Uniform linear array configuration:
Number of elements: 16
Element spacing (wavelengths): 0.5
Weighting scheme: exponential
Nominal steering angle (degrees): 45
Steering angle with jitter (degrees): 45.993
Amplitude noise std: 0.05
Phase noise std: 0.05

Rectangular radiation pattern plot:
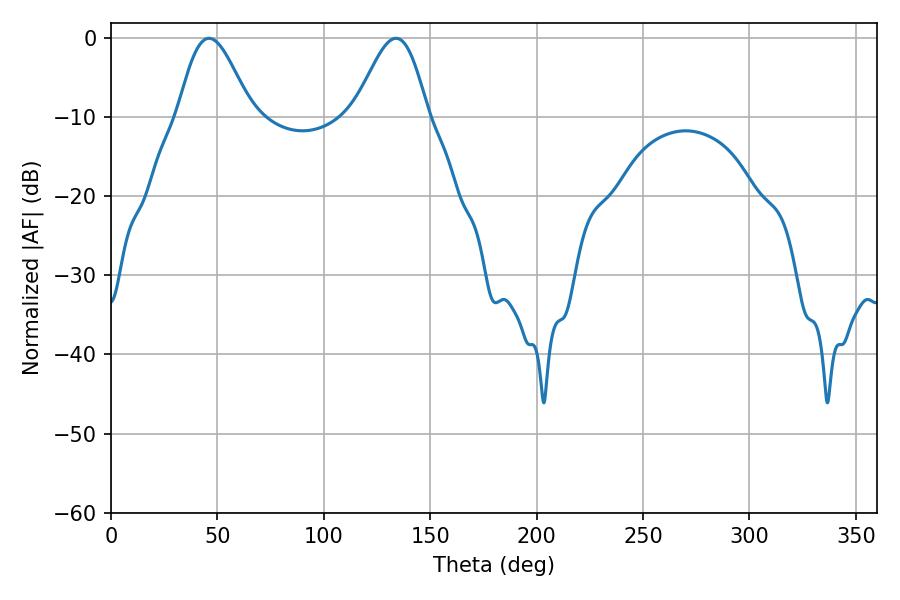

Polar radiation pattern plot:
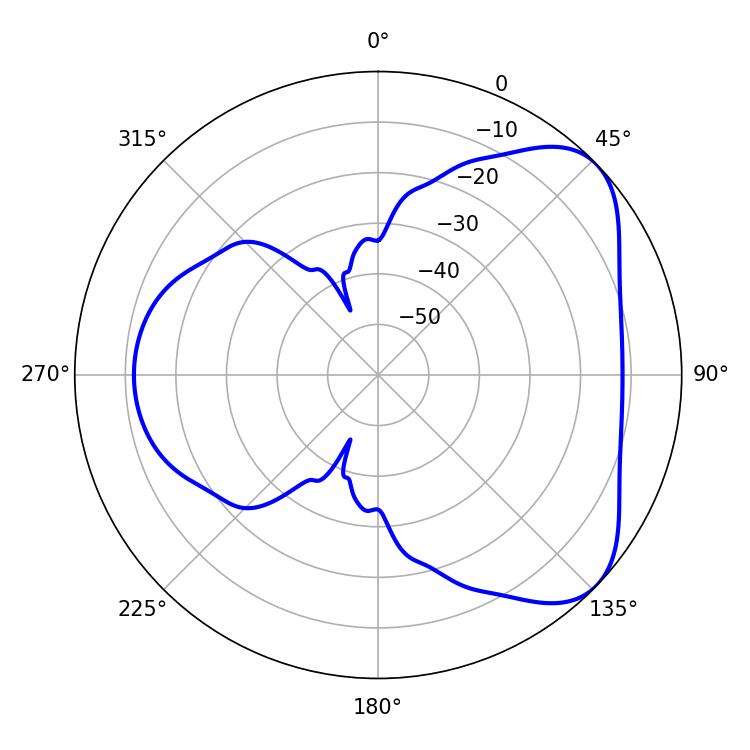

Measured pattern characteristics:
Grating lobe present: FALSE
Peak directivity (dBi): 5.727
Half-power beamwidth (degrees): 18.18
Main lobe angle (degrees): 46.08